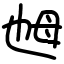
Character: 乸